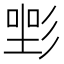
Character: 𢒡